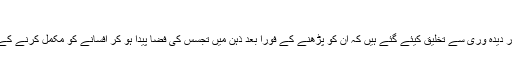
بہت عمدہ لکھا واہ
مکرم نیاز صاحب کے افسانے کے ابتدائی جملے اتنی ہنرمندی اور دیدہ وری سے تخلیق کیئے گئے ہیں کہ ان کو پڑھنے کے فورا بعد ذہن میں تجسس کی فضا پیدا ہو کر افسانے کو مکمل کرنے کے لیئے بیقرار کر دیتی ہے اور یہی ایک لکھاری کی کامیابی ہے ۔